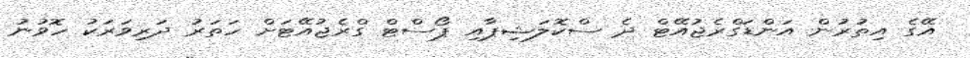
އޭގެ އިތުރުން އަންޑަގްރެޖުއޭޓް ދެ ސްކޮލަޝިޕާއި ޕޯސްޓް ގްރެޖުއޭޓަށް ހަތަރު ދަރިވަރަކު ހޮވުނު